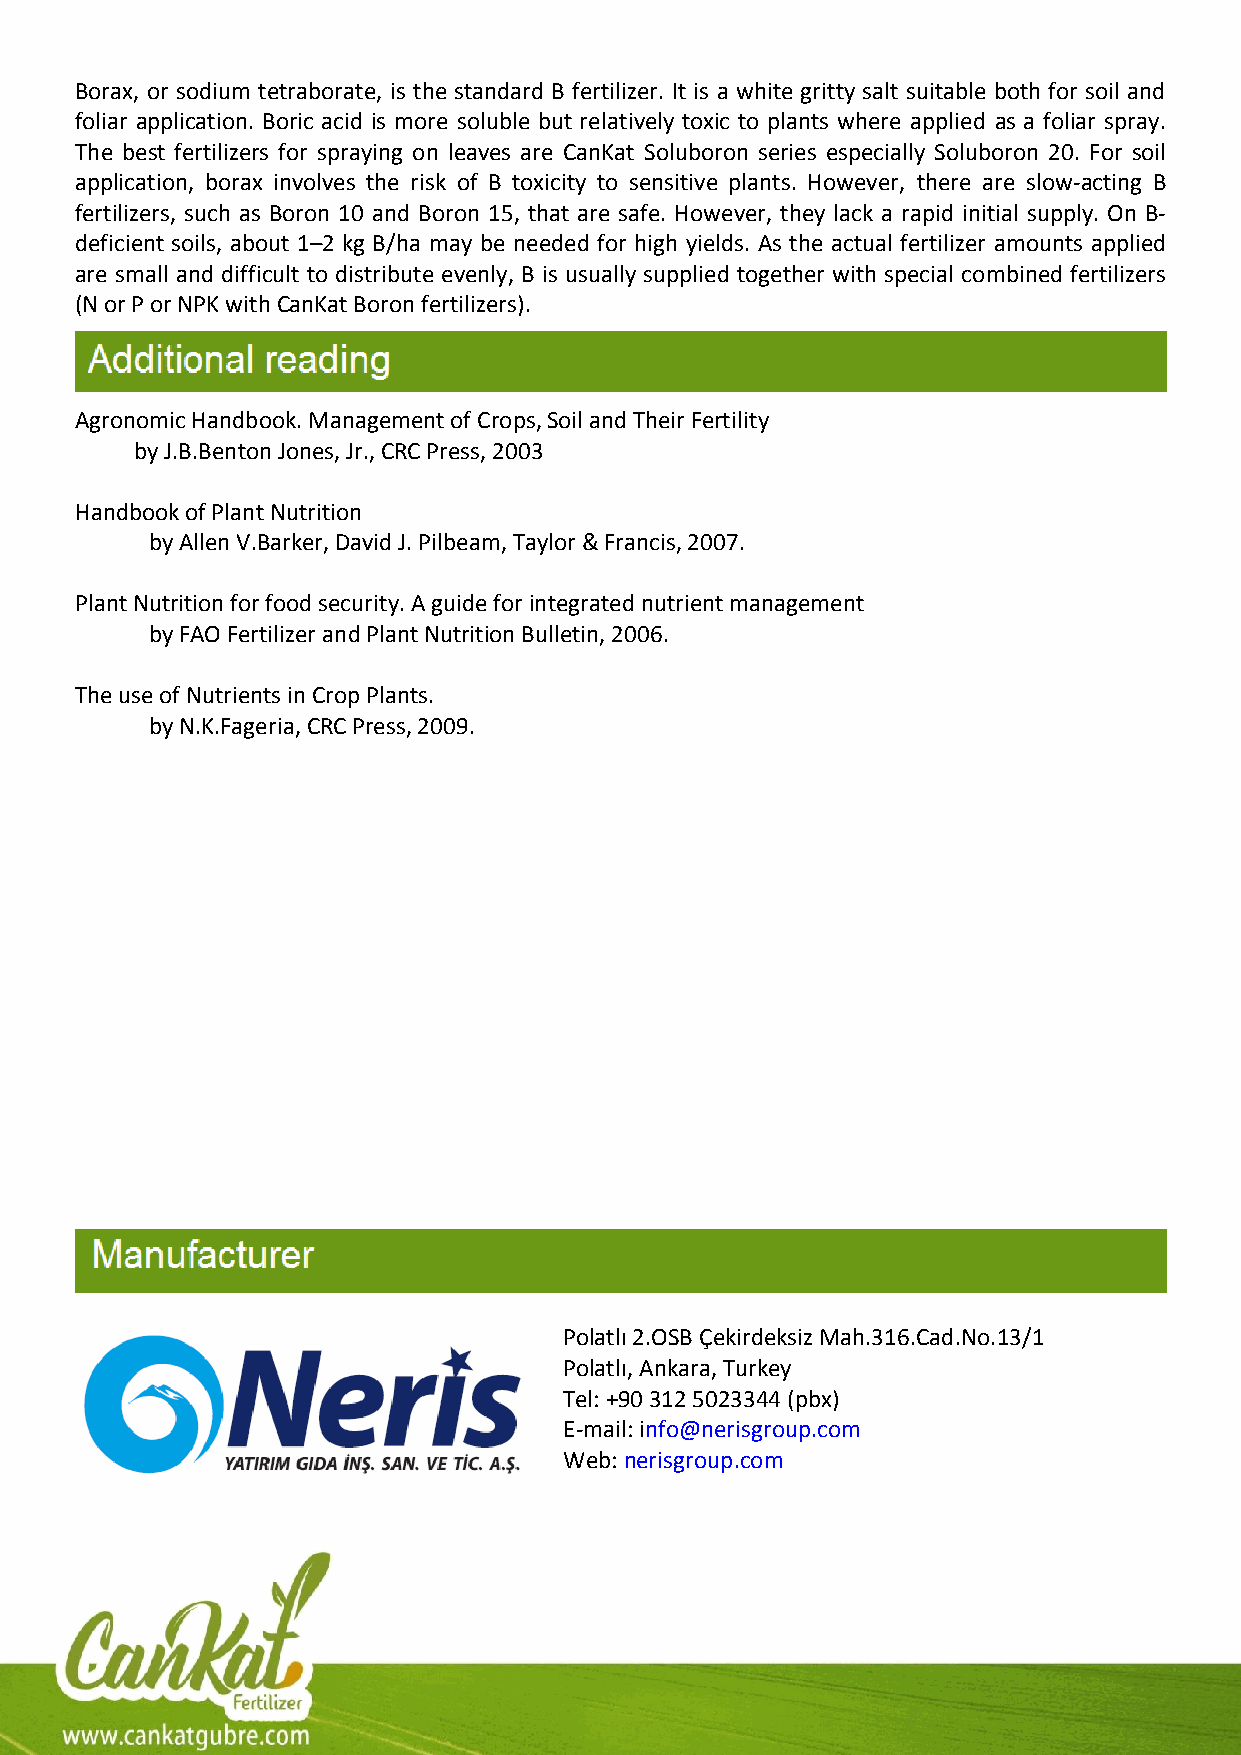
Borax, or sodium tetraborate, is the standard B fertilizer. It is a white gritty salt suitable both for soil and
 foliar application. Boric acid is more soluble but relatively toxic to plants where applied as a foliar spray.
 The best fertilizers for spraying on leaves are CanKat Soluboron series especially Soluboron 20. For soil
 application, borax involves the risk of B toxicity to sensitive plants. However, there are slow-acting B
 fertilizers, such as Boron 10 and Boron 15, that are safe. However, they lack a rapid initial supply. On B-
 deficient soils, about 1–2 kg B/ha may be needed for high yields. As the actual fertilizer amounts applied
 are small and difficult to distribute evenly, B is usually supplied together with special combined fertilizers
 (N or P or NPK with CanKat Boron fertilizers).
 Agronomic Handbook. Management of Crops, Soil and Their Fertility
 by J.B.Benton Jones, Jr., CRC Press, 2003
 Handbook of Plant Nutrition
 by Allen V.Barker, David J. Pilbeam, Taylor & Francis, 2007.
 Plant Nutrition for food security. A guide for integrated nutrient management
 by FAO Fertilizer and Plant Nutrition Bulletin, 2006.
 The use of Nutrients in Crop Plants.
 by N.K.Fageria, CRC Press, 2009.
 Polatlı 2.OSB Çekirdeksiz Mah.316.Cad.No.13/1
 Polatlı, Ankara, Turkey
 Tel: +90 312 5023344 (pbx)
 E-mail: info@nerisgroup.com
 Web: nerisgroup.com